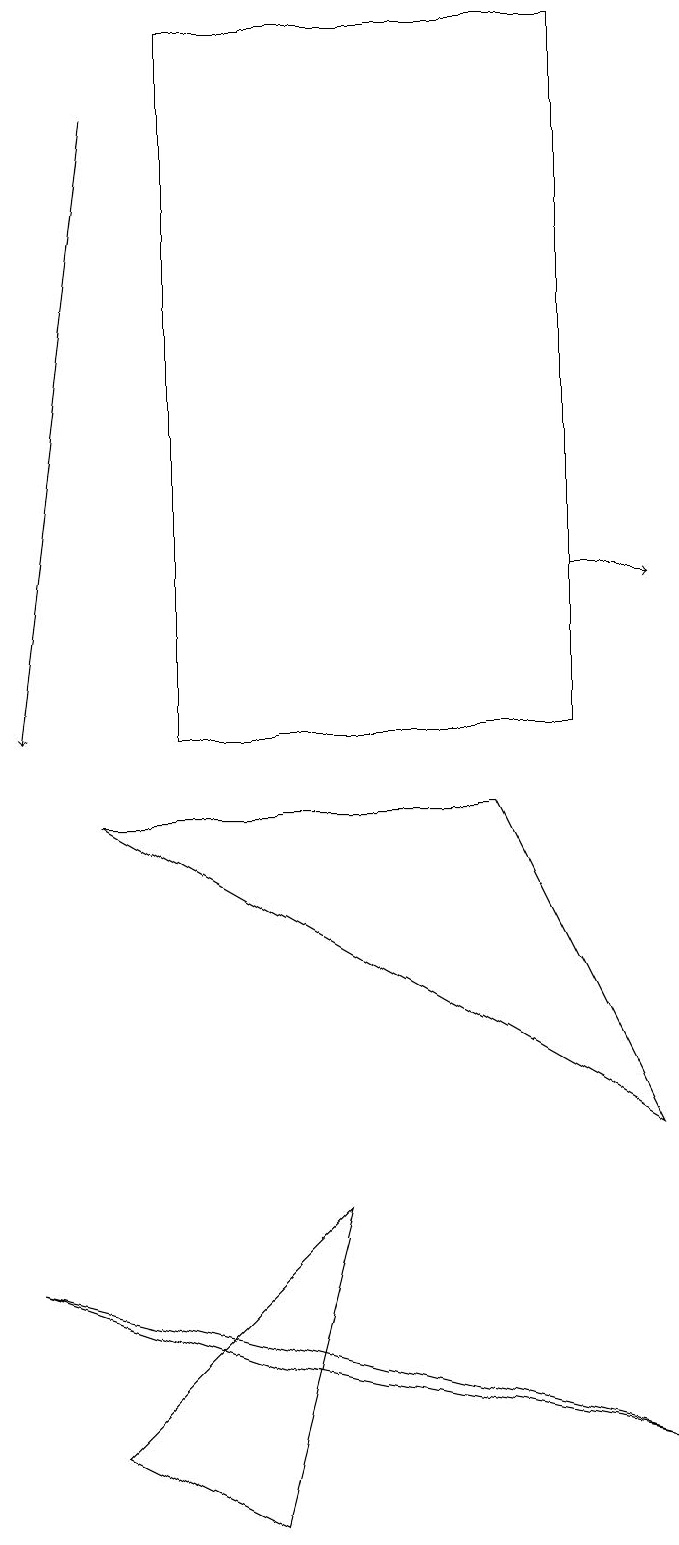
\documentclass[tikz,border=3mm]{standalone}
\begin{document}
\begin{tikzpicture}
\draw (7,19) rectangle (2,10);
\draw (8,1) -- (0,3) -- (3,2) -- cycle;
\draw (4,4) -- (1,1) -- (3,0) -- cycle;
\draw[->] (7,12) -- (8,12);
\draw (8,5) -- (6,9) -- (1,9) -- cycle;
\draw[->] (1,18) -- (0,10);
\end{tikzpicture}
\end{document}